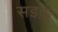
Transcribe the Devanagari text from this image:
सडक़ें